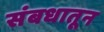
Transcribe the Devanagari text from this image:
संबधातून